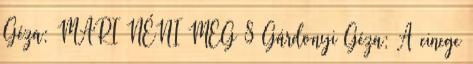
Géza: MARI NÉNI MEG 8 Gárdonyi Géza: A cinege